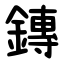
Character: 鏄